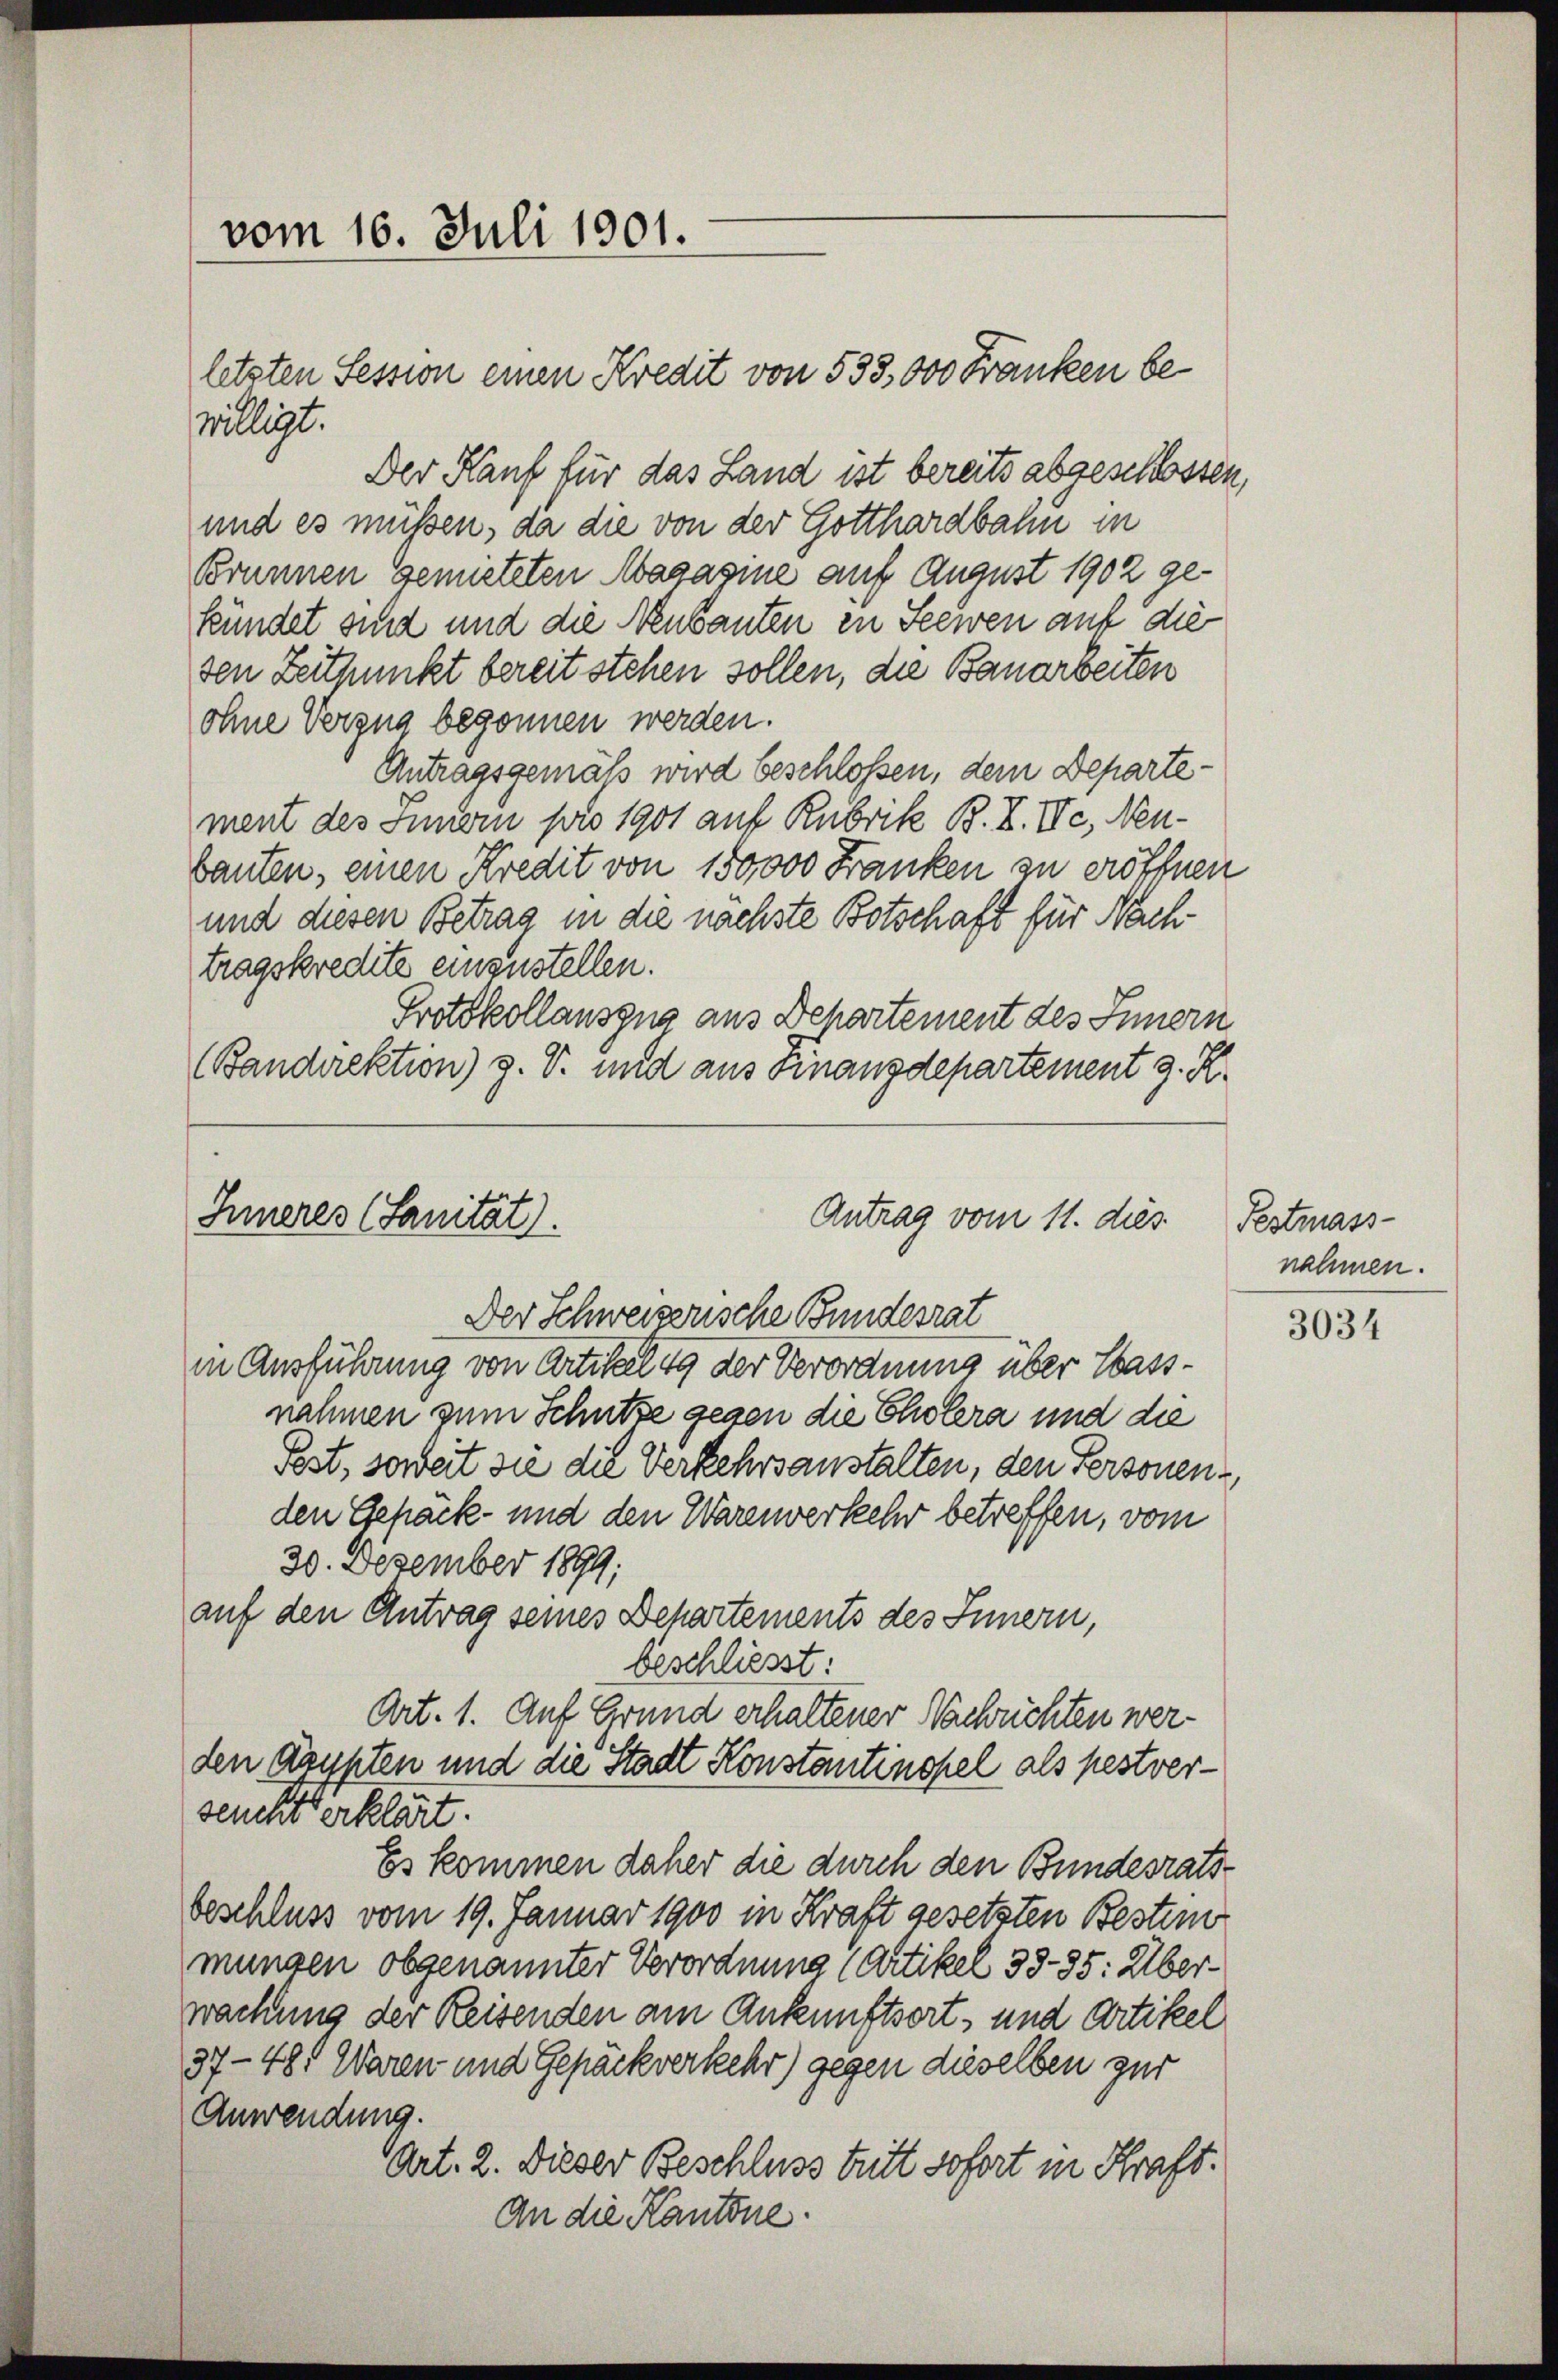
vom 16. Juli 1901.

letzten Session einen Kredit von 533,000 Franken bewilligt.

Inneres (Sanität).
Antrag vom 11. dies
Der Schweizerische Bundesrat

in Ausführung von Artikel 14 der Verordnung über Wassnahmen zum Schütze gegen die Cholera und die
Pest, soweit sie die Verkehrsanstalten, den Personen
den Gepäck- und den Warenverkehr betreffen, vom
30. Dezember 1899;
auf den Antrag seines Departements des Innern,
beschliesst:
Art. 1. Auf Grund erhaltener Nachrichten werden Ägypten und die Stadt Konstantinopel als pestverseucht erklärt.
Es kommen daher die durch den Bundesrats-
beschluss vom 19. Januar 1900 in Kraft gesetzten Bestim
mungen obgenannter Verordnung (Artikel 33-35: Überwachung der Reisenden am Ankunftsort- und Artikel
37-48. Waren und Gepäckverkehr) gegen dieselben zur
Anwendung.
Art. 2. Dieser Beschluss tritt sofort in Kraft.
An die Kantone.

Der Kauf für das Land ist bereits abgeschlossen,
und es müssen, da die von der Gotthardbahn in
Brunnen Gemuteten Magagine auf August 1902 gekündet sind und die Neubauten in Seewen auf die
sen Zeitpunkt bereitstehen sollen, die Bauarbeiten
ohne Vergna begonnen werden.
Antragsgemäß wird beschlossen, dem Departement des Innern pro 1901 auf Rubrik B. I. II., Neubauten, einen Kredit von 150,000 Franken zu eröffnen
und diesen Betrag in die nächste Botschaft für Nachtragskredite einzustellen.
Protokollauszug aus Departement des Innern
(Bandirektion) z. B. und aus Finanzdepartement z. K.

Festmass-
nehmen.

3034